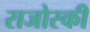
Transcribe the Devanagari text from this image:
राजोस्की